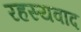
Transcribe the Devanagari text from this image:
रहस्‍यवाद